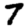
Digit: 7